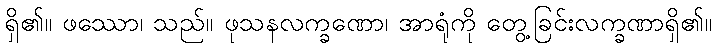
ရှိ၏။ ဖဿော၊ သည်။ ဖုသနလက္ခဏော၊ အာရုံကို တွေ့ခြင်းလက္ခဏာရှိ၏။